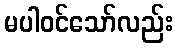
မပါဝင်သော်လည်း